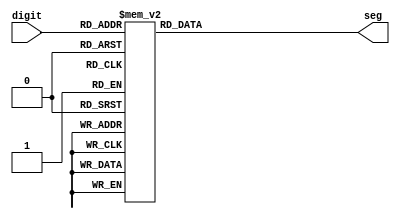
`timescale 1ns / 1ps
//to assign 7 segment to digit
module seg_control(
    input [3:0] digit,
    output reg [6:0] seg = 0
);

    always@(digit)
    begin
        case(digit)
            4'd0:
                seg = 7'b1000000;
            4'd1:
                seg = 7'b1111001;
            4'd2:
                seg = 7'b0100100;
            4'd3:
                seg = 7'b0110000;
            4'd4:
                seg = 7'b0011001;
            4'd5:
                seg = 7'b0010010;
            4'd6:
                seg = 7'b0000010;
            4'd7:
                seg = 7'b1111000;
            4'd8:
                seg = 7'b0000000;
            4'd9:
                seg = 7'b0010000;
            default
                seg = 7'b1111111;
        endcase
    end
endmodule